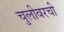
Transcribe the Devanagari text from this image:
चुलीवरची